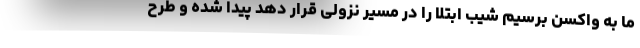
ما به واکسن برسیم شیب ابتلا را در مسیر نزولی قرار دهد پیدا شده و طرح